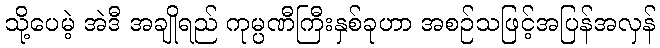
သို့ပေမဲ့ အဲဒီ အချိုရည် ကုမ္ပဏီကြီးနှစ်ခုဟာ အစဉ်သဖြင့်အပြန်အလှန်